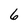
Character: 6